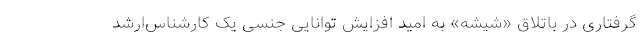
گرفتاری در باتلاق «شیشه» به امید افزایش توانایی جنسی یک کارشناس‌ارشد